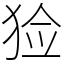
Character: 猃